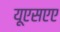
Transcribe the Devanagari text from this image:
यूएसएए